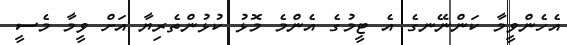
އެހެންވީމާ ކަންނޭނގެ އެ ޓީމުގެ އެންމެ މޮޅު ކުޅުންތެރިޔާ އަށް ވީމާ މެސީ